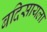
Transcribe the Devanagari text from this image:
बदिसायला